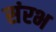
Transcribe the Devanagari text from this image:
संरभ